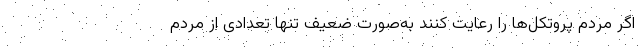
اگر مردم پروتکل‌ها را رعایت کنند به‌صورت ضعیف تنها تعدادی از مردم